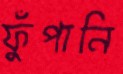
ফুঁপানি